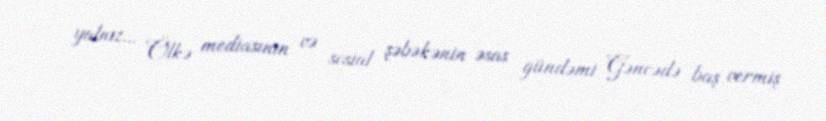
yalnız... Ölkə mediasının və sosial şəbəkənin əsas gündəmi Gəncədə baş vermiş